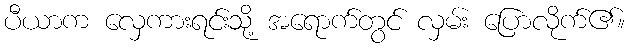
ပီယာက လှေကားရင်းသို့ အရောက်တွင် လှမ်း ပြောလိုက်၏။